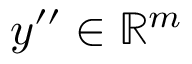
y ^ { \prime \prime } \in \mathbb { R } ^ { m }